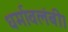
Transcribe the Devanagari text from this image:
धर्मावलंबी।